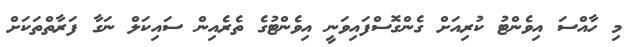
މި ހާއްސަ އިވެންޓު ކުރިއަށް ގެންގޮސްފައިވަނީ އިވެންޓުގެ ތެރެއިން ސައިކަލް ނަގާ ފަރާތްތަކަށް